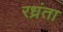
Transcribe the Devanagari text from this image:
रध्रंता